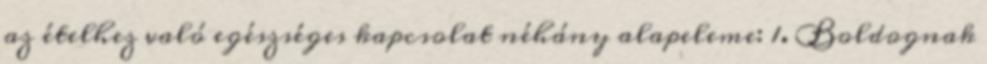
az ételhez való egészséges kapcsolat néhány alapeleme: 1. Boldognak